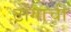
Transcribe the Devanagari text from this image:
टोंगाची